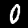
Label: 0